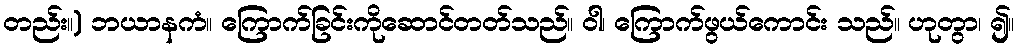
တည်း။) ဘယာနကံ။ ကြောက်ခြင်းကိုဆောင်တတ်သည်။ ဝါ၊ ကြောက်ဖွယ်ကောင်း သည်။ ဟုတွာ၊ ၍။